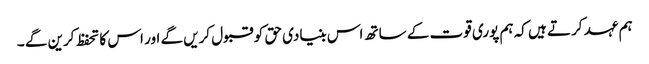
ہم عہد کرتے ہیں کہ ہم پوری قوت کے ساتھ اس بنیادی حق کو قبول کریں گے اور اس کا تحفظ کرین گے ۔